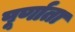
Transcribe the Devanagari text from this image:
पूर्णाता